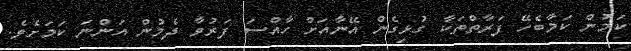
ކަމުން ކަމާބެހޭ ފަރާތްތަކާ ގުޅިގެން އޭނާއަށް ހާއްސަ ފަރުވާ ދެމުން އަންނަ ކަމަށެވެ.